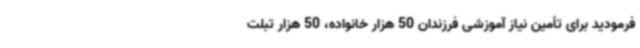
فرمودید برای تأمین نیاز آموزشی فرزندان 50 هزار خانواده، 50 هزار تبلت